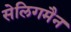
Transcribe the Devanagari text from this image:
सेलिगमैन